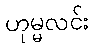
ဟုမ္မလင်း